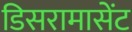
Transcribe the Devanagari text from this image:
डिसरामासेंट